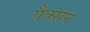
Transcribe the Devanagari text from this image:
पैक्सन